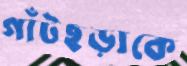
গাঁটছড়াকে